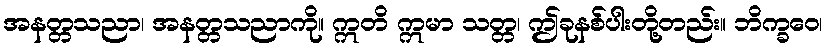
အနတ္တသညာ၊ အနတ္တသညာကို။ ဣတိ ဣမာ သတ္တ၊ ဤခုနစ်ပါးတို့တည်း။ ဘိက္ခဝေ၊